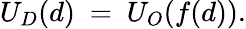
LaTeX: U_{D}(d)\ =\ U_{O}(f(d)).